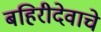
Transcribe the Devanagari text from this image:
बहिरीदेवाचे